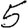
Digit: 5